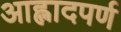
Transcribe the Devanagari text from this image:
आह्लादपर्ण